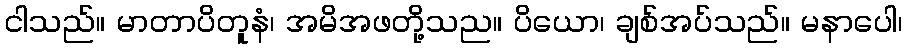
ငါသည်။ မာတာပိတူနံ၊ အမိအဖတို့သည။ ပိယော၊ ချစ်အပ်သည်။ မနာပေါ၊